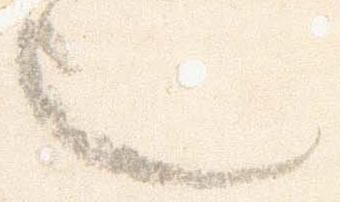
也